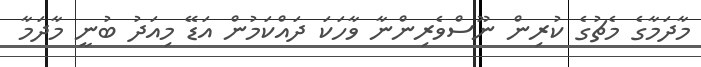
މާދަމާގެ މެޗުގެ ކުރިން ނޫސްވެރިންނާ ވާހަކަ ދައްކަމުން އަޑޭ މިއަދު ބުނީ މާދަމާ